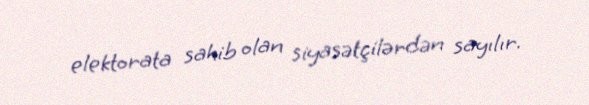
elektorata sahib olan siyasətçilərdən sayılır.